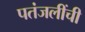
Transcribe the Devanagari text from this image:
पतंजलींची